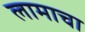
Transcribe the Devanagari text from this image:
लामाचा